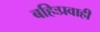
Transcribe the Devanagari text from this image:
बहिःप्रवाही